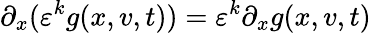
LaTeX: \partial_{x}(\varepsilon^{k}g(x,v,t))=\varepsilon^{k}\partial_{x}g(x,v,t)